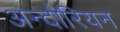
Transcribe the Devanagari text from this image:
अन्दोरियन